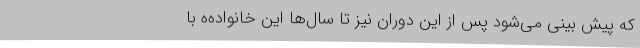
که پیش بینی می‌شود پس از این دوران نیز تا سال‌ها این خانواده‌ه با